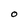
Character: O